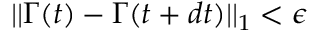
| | \boldsymbol { \Gamma } ( t ) - \boldsymbol { \Gamma } ( t + d t ) | | _ { 1 } < \epsilon